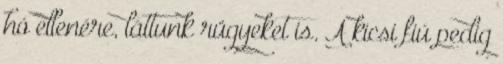
hó ellenére, láttunk rügyeket is. A kicsi fiú pedig